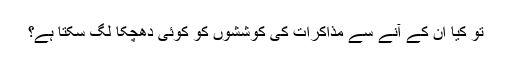
تو کیا ان کے آنے سے مذاکرات کی کوششوں کو کوئی دھچکا لگ سکتا ہے؟